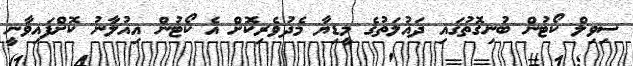
ސިވިލް ކޯޓުން ބުނިގޮތުގައި ދައުލަތުގެ މީޑިޔާ މެދުވެރިކޮށް އެ ކޯޓުން އިއުލާނު ކޮށްފައިވާނީ